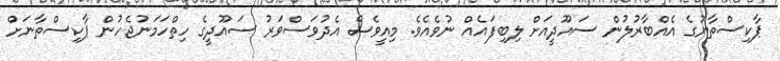
ޕާކިސްތާނުގެ އެއްބާރުލުން ސައޫދީއަށް ލިބިފައެއް ނުވެއެވެ. މިއީވެސް އެދުވަސްވަރު ސައޫދީގެ ހިތްހަމަނުޖެހުން ޕާކިސްތާނަށް